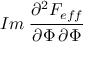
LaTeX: I m \: \frac { \partial ^ { 2 } { \cal F } _ { e f f } } { \partial \Phi \, \partial \Phi }